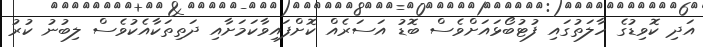
އަދި ކޮވިޑުގެ ހާލަތުގައި ފުޓުބޯޅައަށްވެސް ބޮޑު އަސަރެއް ކޮށްފައިވާކަމަށާއި ދަތިތަކާއެކުވެސް ލިބުނު ކުރު